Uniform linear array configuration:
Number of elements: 12
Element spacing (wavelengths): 1
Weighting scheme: blackman
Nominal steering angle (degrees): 0
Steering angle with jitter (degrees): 0.8244
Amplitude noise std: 0.05
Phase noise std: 0.05

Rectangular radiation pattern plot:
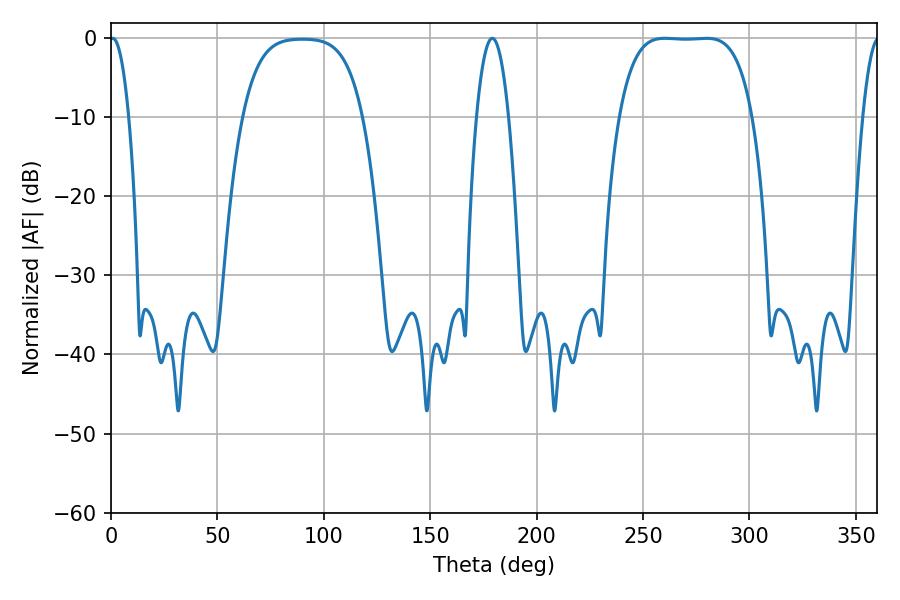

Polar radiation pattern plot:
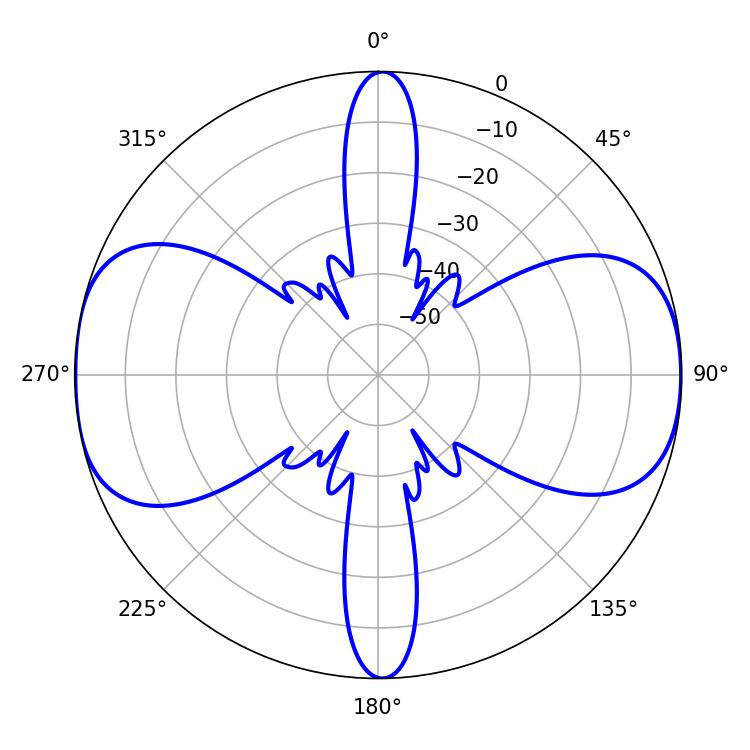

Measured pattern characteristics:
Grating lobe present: TRUE
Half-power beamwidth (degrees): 48.24
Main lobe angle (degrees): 260.28